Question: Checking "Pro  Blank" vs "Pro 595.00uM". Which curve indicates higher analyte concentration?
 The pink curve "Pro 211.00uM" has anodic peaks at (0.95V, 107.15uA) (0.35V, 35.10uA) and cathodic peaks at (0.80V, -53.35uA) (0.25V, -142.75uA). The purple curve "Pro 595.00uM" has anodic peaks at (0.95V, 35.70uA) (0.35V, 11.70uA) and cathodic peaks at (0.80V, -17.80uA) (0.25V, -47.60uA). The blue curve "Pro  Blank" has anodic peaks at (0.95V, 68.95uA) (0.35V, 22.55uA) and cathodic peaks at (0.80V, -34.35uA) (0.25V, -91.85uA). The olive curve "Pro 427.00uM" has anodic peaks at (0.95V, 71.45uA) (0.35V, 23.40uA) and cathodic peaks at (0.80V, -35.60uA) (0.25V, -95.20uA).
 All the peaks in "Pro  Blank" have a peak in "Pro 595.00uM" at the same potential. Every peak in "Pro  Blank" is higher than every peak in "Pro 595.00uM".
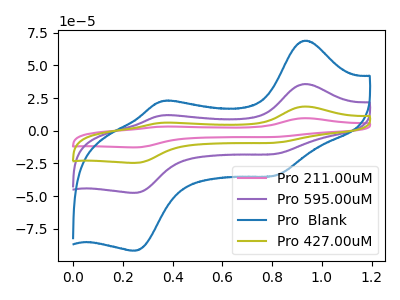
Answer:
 <answer>"Pro  Blank" has more signal than "Pro 595.00uM" and so likely has a higher concentration.</answer>
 <eval>more_concentration</eval>